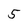
Character: 5